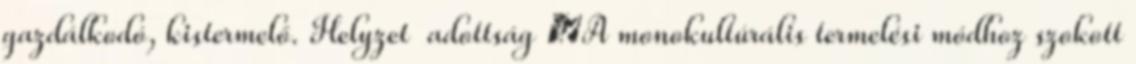
gazdálkodó, kistermelő. Helyzet adottság ▪A monokultúrális termelési módhoz szokott